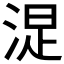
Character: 𣷐